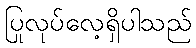
ပြုလုပ်လေ့ရှိပါသည်